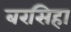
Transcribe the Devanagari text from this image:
बरसिहा